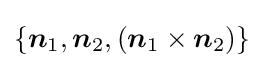
\{{\boldsymbol {n}}_{1},{\boldsymbol {n}}_{2},({\boldsymbol {n}}_{1}\times {\boldsymbol {n}}_{2})\}